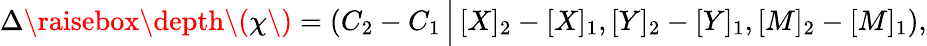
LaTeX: \begin{array}{r}{\Delta\raisebox{\depth}{\( \chi\) }=\left(C_{2}-C_{1}\, \Big|\, [X]_{2}-[X]_{1},[Y]_{2}-[Y]_{1},[M]_{2}-[M]_{1}\right),}\end{array}